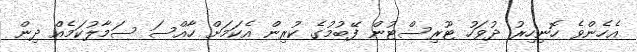
އެހެންވެ ހޮނިހިރު ދުވަހު ޓޫރިސްޓުން ފޭބުމުގެ ކުރިން އެކަމަށް ހާއްސަ ސަމާލުކަމެއް ދިން